Vaccine operations Central Provinces 1868-1885 - 1868-1885
Year: 1868
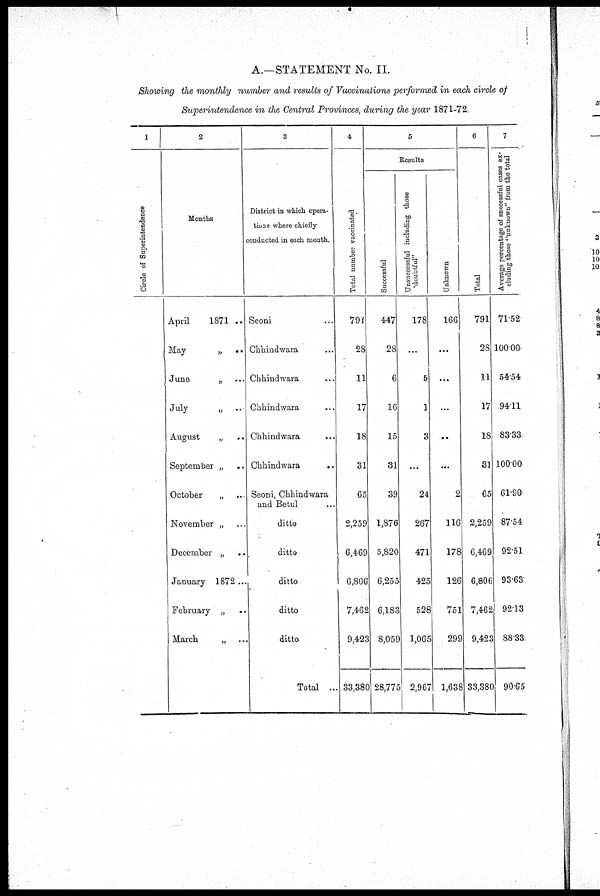
A.—STATEMENT No. II.
Showing the monthly number and results of Vaccinations performed in each circle of
Superintendence in the Central Provinces, during the year 1871-72.
1
Circle of Superintendence
2
Months
April
1871 ..
May
„ ..
June
„ ...
July
„ ...
August
„
..
September „
October
„ ..
November „ ...
December „ ...
January 1872 ...
February „ ...
March
„ ...
3
District in which opera-
tions where chiefly
conducted in each month.
Seoni ...
Chhindwara ...
Chhindwara ...
Chhindwara ...
Chhindwara ...
Chhindwara
...
Seoni, Chhindwara
and Betul ...
ditto
ditto
ditto
ditto
ditto
Total ...
4
Total number vaccinated
791
28
11
17
18
31
65
2,259
, 6,469
6,806
7,462
9,423
33,380
5
Results
Successful
447
28
6
16
15
31
39
1,876
5,820
6,255
6,183
8,059
28,775
Unsuccessful including those
"doubtful"
178
...
5
1
3
...
24
267
471
425
528
1,065
2,967
Unknown
166
...
...
...
...
...
2
116
178
126
751
299
1,638
6
Total
791
28
11
17
18
31
65
2,259
6,469
6,806
7,462
9,423
33,380
7
A verage percentage of successful cases ex-
cluding those "unknown" from the total
71.52
100.00
54.54
94.11
83.33
100.00
61.90
87.54
92.51
93.63
92.13
88.33
90.65